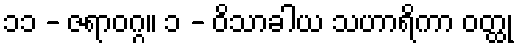
၁၁ - ဇရာဝဂ္ဂ။ ၁ - ဝိသာခါယ သဟာရိကာ ဝတ္ထု